Annual returns of the Patna Lunatic Asylum at Bankipore in Bihar and Orissa - 1912-1924
Year: 1912
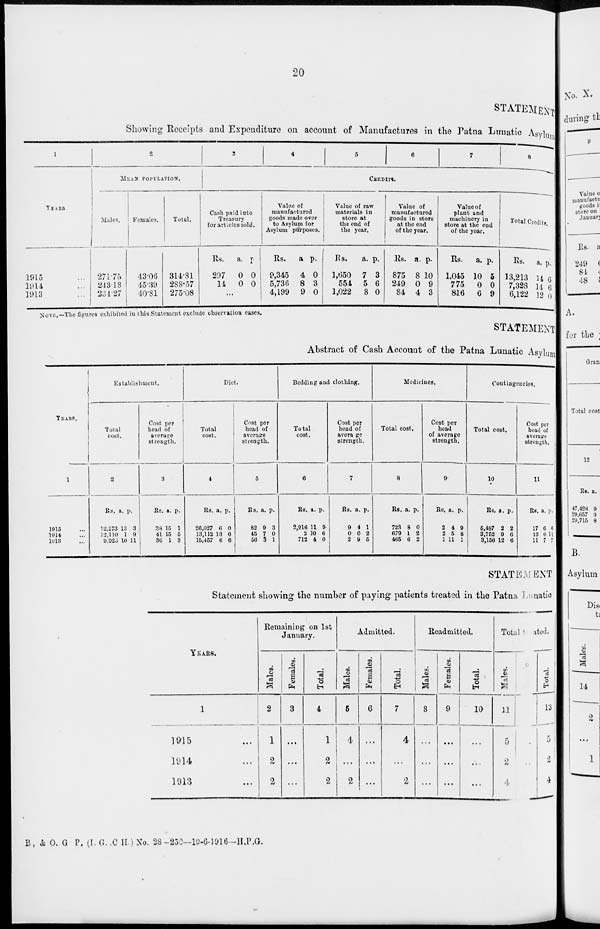
20
STATEMENT
Showing Receipts and Expenditure on account of Manufactures in the Patna Lunatic Asylums
1
YEARS.
1915 ...
1914
...
1913
...
2
MEAN
POPULATION.
Males.
271.75
243.18
234.27
Females.
43.06
15 .39
40.81
Total.
314.81
288.57
275.08
3
4
5
6
7
8
CREDITS.
Cash paid into
Treasury
for articles sold.
Rs.
297
14
a.
0
0
p.
0
0
...
Value of
manufactured
goods made over
to Asylum for
Asylum purposes.
Rs.
0,345
5,736
4,199
a.
4
8
9
p.
0
3
0
Value of raw
materials in
store at
the end of
the year.
Rs.
1,650
554
1,022
a.
7
5
8
p.
3
6
0
Value of
manufactured
goods in store
at the end
of the year.
Rs.
875
249
84
a.
8
0
4
p.
10
9
3
Value of
plant and
machinery in
store at the end
of the year.
Rs.
1,045
775
816
a.
10
0
6
p.
5
0
9
Total Credits.
Rs.
13,213
7,328
6,122
a.
14
14
12
p.
6 6
0
NOTE.—The figures exhibited in this Statement, exclude observation cases.
STATEMENT
Abstract of Cash Account of the Patna Lunatic Asylum
YEARS.
1
1915 ...
1914 ...
1913 ...
Establishment.
Total
cost.
2
Rs.
12,273
12,110
9,923
a.
13
1
10
p.
3
9
11
Cost per
head of
average
strength.
3
Rs.
38
41
36
a.
15
15
1
p.
1
5
3
Diet.
Total
cost.
4
Rs.
26,027
13,112
15,457
a.
6
13
6
p.
0
0
6
Cost per
head of
average
strength.
5
Rs.
82
45
56
a.
9
7
3
p.
3
0
1
Bedding and clothing.
Total
cost.
6
Rs.
2,916
2
712
a.
11
10
4
p.
9
6
0
Cost per
head of
average
strength.
7
Rs.
9
0
2
a.
4
0
9
p.
1
2
5
Medicines.
Total cost.
8
Rs.
723
679
465
a.
8
1
6
p.
0
2
2
Cost per
head
of average
strength.
9
Rs.
2
9
1
a.
4
5
11
p.
9
8
1
Contingencies.
Total cost.
10
Rs.
5,487
3,752
3,156
a.
2
9
12
p.
2
6
6
Cost per
head of
average
strength.
11
Rs.
17
13
11
a.
6
0
7
p.
6
11
7
STATEMENT
Statement showing the number of paying patients treated in the Patna Lunatic
YEARS.
1
1915 ...
1914 ...
1913 ...
Remaining on 1st
January.
Males.
2
1
2
2
Females.
3
...
...
...
Total.
4
1
2
2
Admitted.
Males.
5
4
...
2
Females.
6
...
...
...
Total.
7
4
...
2
Readmitted.
Males.
8
...
...
...
Females.
9
...
...
...
Total.
10
...
...
...
Total Treated.
Males.
11
5
2
4
Females.
12
...
...
...
Total.
13
5
2
4
B, & O. G. P. (I.G.C.H.) No. 28 -250—19-6-1916 -H.P.G.